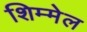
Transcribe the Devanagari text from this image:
शिम्मेल